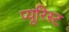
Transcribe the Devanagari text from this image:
प्यूरिस्ट